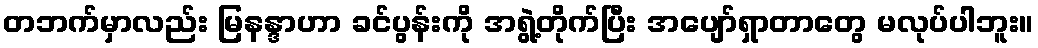
တဘက်မှာလည်း မြနန္ဒာဟာ ခင်ပွန်းကို အရွဲ့တိုက်ပြီး အပျော်ရှာတာတွေ မလုပ်ပါဘူး။